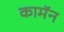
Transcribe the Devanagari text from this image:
कामॅन